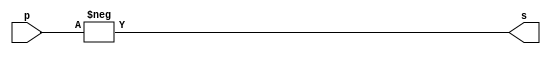
// ------------------------- 
// Exercicio07
// Nome: Samuel Eusbio da Silva
// -------------------------

	module exercicio07 (output [7:0] s, input [7:0] p);
	assign s = -p;
	endmodule // exercicio07

	module test_exercicio07; 
	// ------------------------- definir dados 
	reg [7:0] a; 
	wire [7:0] s; 
	
	exercicio07 TEST1 (s, a);
	
	initial begin:start
	a=0;
	end
	
	// ------------------------- parte principal 
	initial begin:main
	$display("Exercicio07 - Samuel Eusbio da Silva - 435055"); 
	$display("Test");
	$monitor("Complemento de 2 de %8b = %8b", a, s);
	#1 a = 8'b01010100;
	#1 a = 8'b11101011;
	#1 a = 8'b01011001;

	end 
	endmodule // test_exercicio07